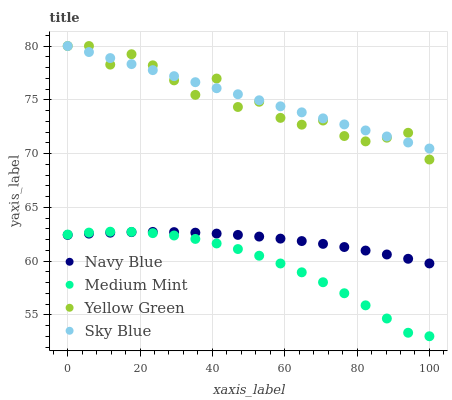
| xaxis_label | Navy Blue | Medium Mint | Yellow Green | Sky Blue |
 | --- | --- | --- | --- | --- |
 | 0 | 62.4 | 62.5 | 80 | 80 |
 | 5.88 | 62.5 | 62.6 | 80 | 79.4 |
 | 11.8 | 62.6 | 62.7 | 78.3 | 78.9 |
 | 17.6 | 62.7 | 62.7 | 79.2 | 78.3 |
 | 23.5 | 62.7 | 62.6 | 78.2 | 77.8 |
 | 29.4 | 62.7 | 62.4 | 76.8 | 77.2 |
 | 35.3 | 62.6 | 62.1 | 75.5 | 76.6 |
 | 41.2 | 62.5 | 61.6 | 77 | 76.1 |
 | 47.1 | 62.4 | 61.1 | 74.3 | 75.5 |
 | 52.9 | 62.3 | 60.5 | 74.8 | 75 |
 | 58.8 | 62.1 | 59.8 | 73.3 | 74.4 |
 | 64.7 | 61.9 | 58.9 | 72.7 | 73.8 |
 | 70.6 | 61.6 | 58 | 73.1 | 73.3 |
 | 76.5 | 61.3 | 57 | 71.6 | 72.7 |
 | 82.4 | 61 | 55.9 | 71.1 | 72.1 |
 | 88.2 | 60.6 | 54.7 | 71.5 | 71.6 |
 | 94.1 | 60.2 | 53.3 | 71.9 | 71 |
 | 100 | 59.8 | 53 | 69.4 | 70.5 |